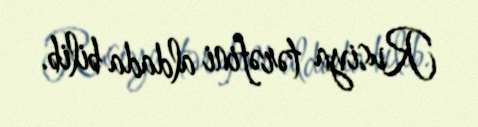
Rusiya tərəfini aldada bilib.